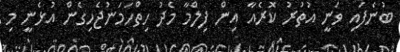
ބުނެފައި ވަނީ އުތުރު ކޮރެއާ އިން ފިލްމާ މެދު ހިތްހަމަނުޖެހިގެން އުޅެނީ މި